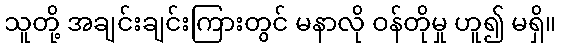
သူတို့ အချင်းချင်းကြားတွင် မနာလို ဝန်တိုမှု ဟူ၍ မရှိ။